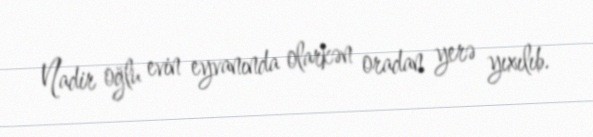
Nadir oğlu evin eyvanında olarkən oradan yerə yıxılıb.